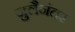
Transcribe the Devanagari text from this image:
जुलैनंतर